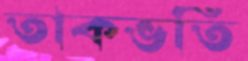
তাকভর্তি